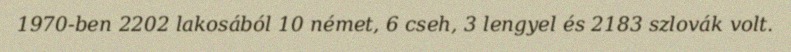
1970-ben 2202 lakosából 10 német, 6 cseh, 3 lengyel és 2183 szlovák volt.